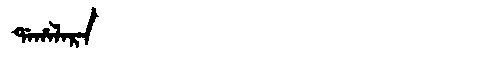
Manchu: ᡩᠠᡥᠠᠯᠠᡵᠠ
Romanization: DAHALARA